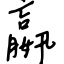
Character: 嬴